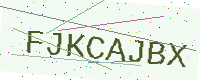
Text: FJKCAJBX